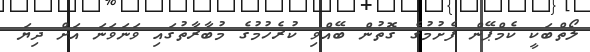
ލޯތްބަކީ ކެމްޕޭން ފެށުމުގެ ގޮތުން ބޭއްވި ކުރެހުމުގެ މުބާރާތުގައި ވަނަވަނަ އަށް ދިޔަ